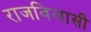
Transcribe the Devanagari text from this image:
राजविलासी